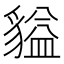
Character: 貖